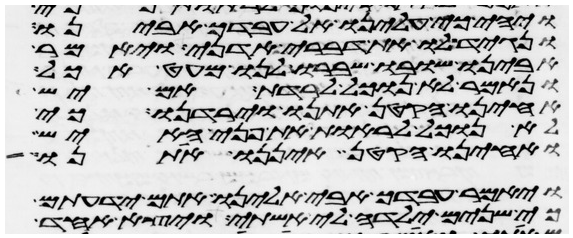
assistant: ויהי כי עלינו אל עבדך אבינו
ונגיד לו את דברי אדני ויאמר
אבינו שובו ושברו לנו מעט אכל
ונאמר לא נוכל לרדת אם יש
אחינו הקטן אתנו וירדנו כי
לא נוכל לראות את פני האיש
ואחינו הקטן איננו אתנו
ויאמר עבדך אבי אלינו אתם ידעתם
כי שנים ילדה לי אשתי ויצא האחד